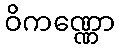
ဝိကဏ္ဏော